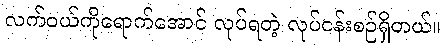
လက်ဝယ်ကိုရောက်အောင် လုပ်ရတဲ့ လုပ်ငန်းစဉ်ရှိတယ်။